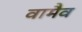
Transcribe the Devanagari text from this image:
वामैव